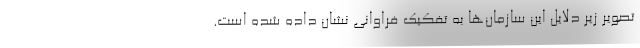
تصویر زیر دلایل این سازمان‌ها به تفکیک فراوانی نشان داده شده است.